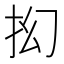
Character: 抝